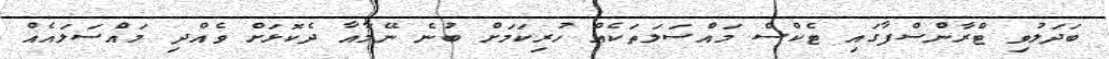
ބަދަލުވި ޓްރާންސްފާގައި ޓެކްސް މައްސަލަތަކެއް ހުރިކަމަށް ބުނެ ނޭމާއާ ދެކޮޅަށް ވެއްދި މައްސަލައެއް